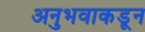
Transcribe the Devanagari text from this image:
अनुभवाकडून